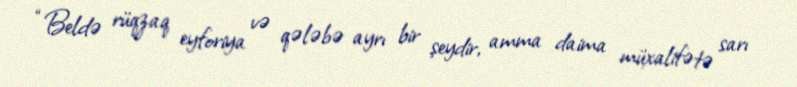
“Beldə rüqzaq eyforiya və qələbə ayrı bir şeydir, amma daima müxalifətə sarı